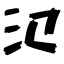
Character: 氾